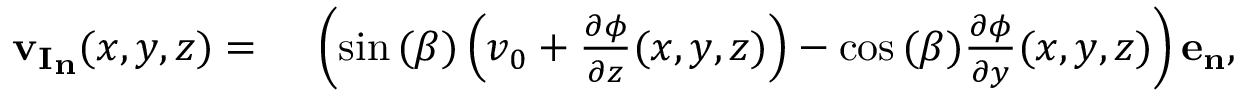
\begin{array} { r l } { \mathbf { { v _ { I } } _ { n } } ( x , y , z ) = { } } & { { } \left( \sin { ( \beta ) } \left( v _ { 0 } + \frac { \partial \phi } { \partial z } ( x , y , z ) \right) - \cos { ( \beta ) } \frac { \partial \phi } { \partial y } ( x , y , z ) \right) \mathbf { e _ { n } } , } \end{array}